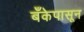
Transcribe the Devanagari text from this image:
बँकेपासून